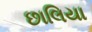
છાલિયા